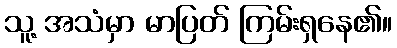
သူ့ အသံမှာ မာပြတ် ကြမ်းရှနေ၏။